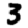
Digit: 3